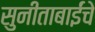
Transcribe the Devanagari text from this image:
सुनीताबाईंचे